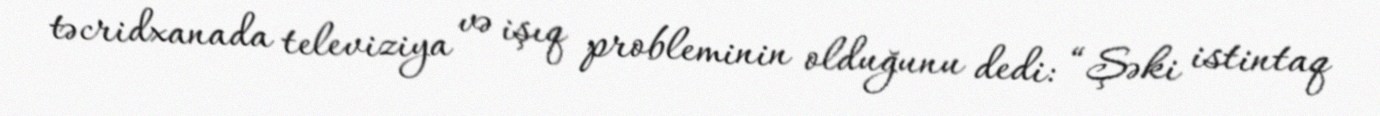
təcridxanada televiziya və işıq probleminin olduğunu dedi: “Şəki istintaq